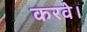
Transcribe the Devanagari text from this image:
करवे।